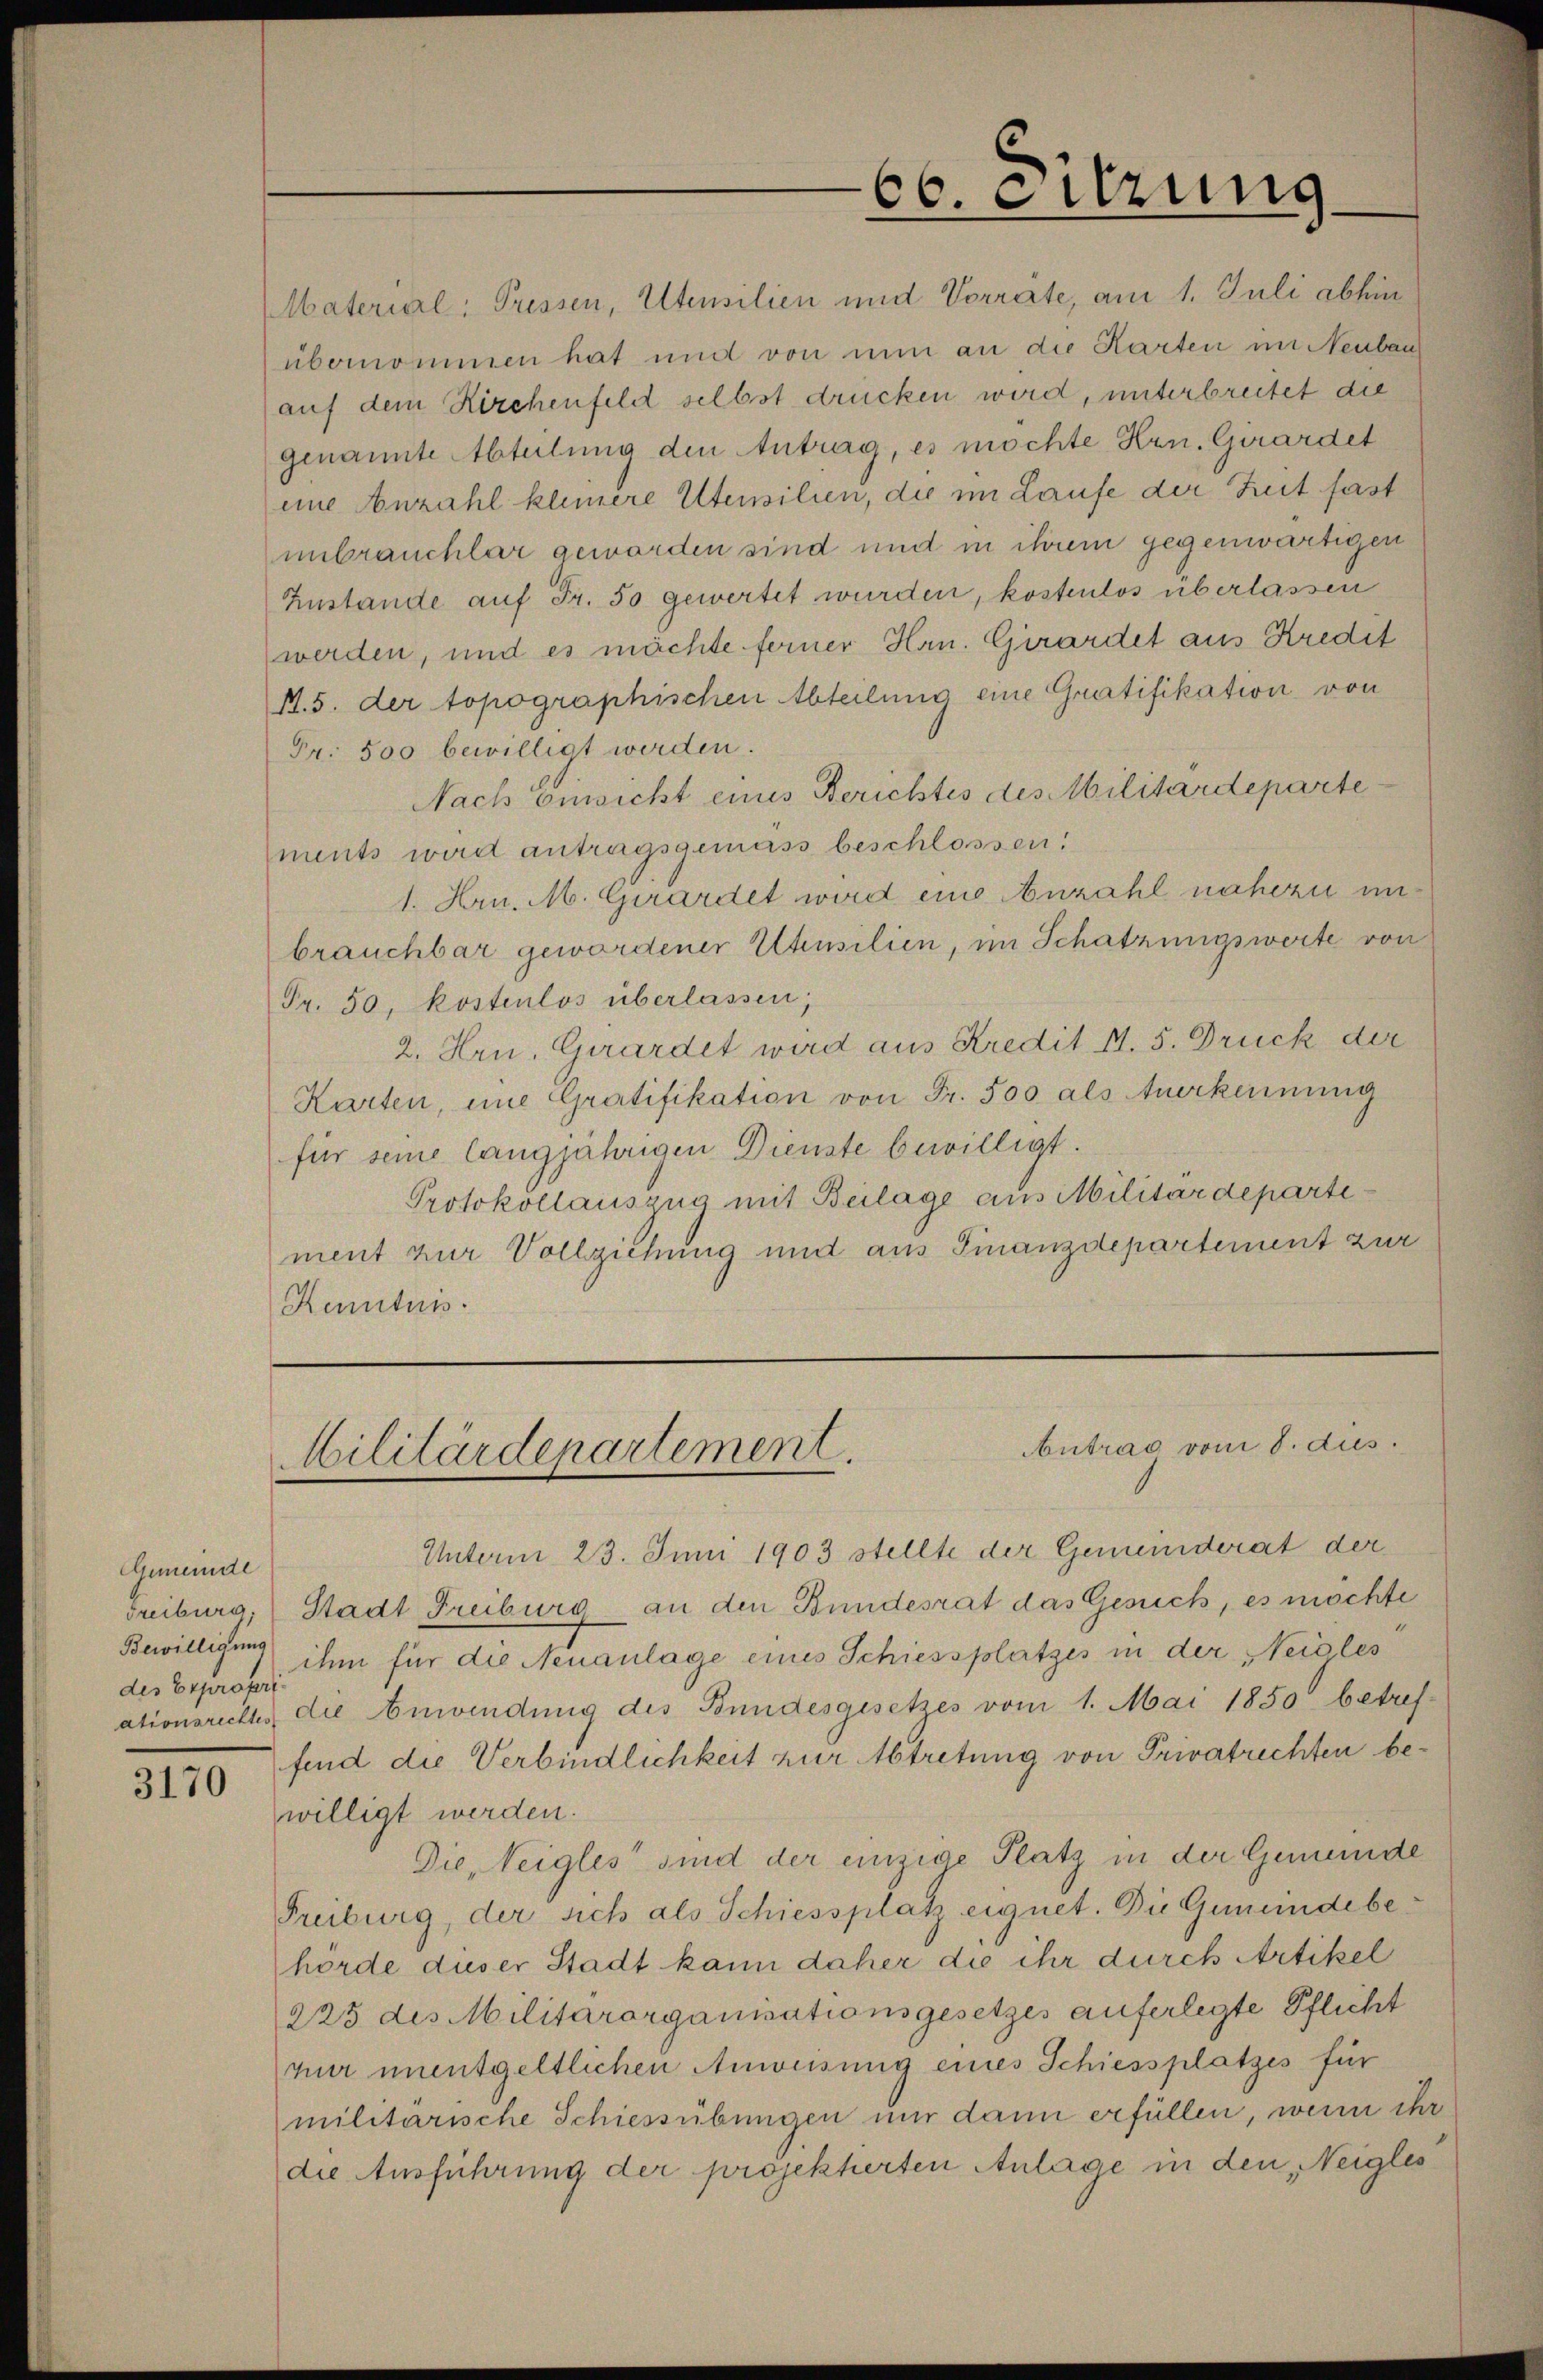
Gemeinde
des Expropri

3170

66. eitzung

Material Pressen, Altensilien und Vorrate, am 1. Juli abhin
übernommen hat und von nun an die Karten im Neubau
auf dem Kirchenfeld selbst drücken wird, unterbreitet die
genannte Abteilung den Antrag, es möchte Hrn. Girardet
eine Anzahl kleinere Utensilien, die im Laufe der Zeit fast
unbrauchlar geworden sind und in ihrem gegenwärtigen
Zustande auf Fr. 50 gewertet wurden, kostenlos überlassen
werden, und es mächte ferner Hrn. Girardet aus Kredit
A.5. der topographischen Abteilung eine Gratifikation von
Fr. 500 bewilligt werden.
Nach Enwicht eines Berichtes des Militärdeparte
ments wird antragsgemäss beschlossen:
1. Hrn. M. Girardet wird eine Anzahl nahezu unbrauchbar gewordener Ususilien, im Schatzungswerte von
Fr. 50, kostenlos überlassen,
2. Hrn. Girardet wird aus Kredit 11. 5. Druck der
Karten, ine Gratifikation von Fr. 500. als Anerkennung
für seine langjährigen Dienste bewilligt.
Protokollauszug mit Beilage aus Militärdepartiment zur Vollziehung und aus Finanzdepartement zur
Kenntnis.

Antrag vom 8. Aus
Militärdepartement.

Unterm 23. Juni 1903 stellte der Gemeinderat der
Freiburg, Stadt Freiburg an den Bundesrat das Gesuch, es möchte
Bewilligung ihm für die Neuanlage eines Schiessplatzes in der Neigles
ationsraths, die Anwendung des Bundesgesetzes vom 1. Mai 1850 betref-
fend die Verbindlichkeit zur Abtretung von Privatrechten bewilligt werden.
Die, Neigles sind der einzige Platz in der Gemeinde
Freiburg, der sich als Schiessplatz eignet. Die Gemeindebehörde dieser Stadt kann daher die ihr durch Artikel
223 des Militärorganisationsgesetzes auferlegte Pflicht
nur unentgeltlichen Anweisung eines Schiessplatzes für
militarische Schiessübungen nur dann erfüllen, wenn ihr
die Ausführung der projekherten Anlage in den Neigles